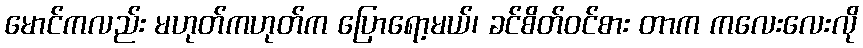
မောင်ကလည်း မဟုတ်ကဟုတ်က ပြောရော့မယ်၊ ခင်စိတ်ဝင်စား တာက ကလေးလေးလို